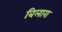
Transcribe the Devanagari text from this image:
बिलारा